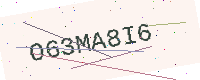
Text: O63MA8I6